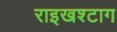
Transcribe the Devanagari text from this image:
राइखश्टाग